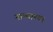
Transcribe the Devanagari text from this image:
नान्याच्या